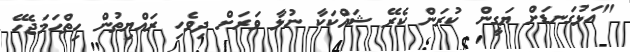
"އަޅުގަނޑަށް ޔަގީން ކުރަން ކެރޭ ޝައްކަކާ ނުލާ ވަރަށް ދިވެހި ރައްޔިތުން ހިތްހަމަޖެހޭ